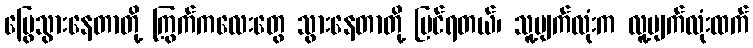
မြွေသွားနေတာတို့ ကြွက်ကလေးတွေ သွားနေတာတို့ မြင်ရတယ်၊ သူ့မျက်လုံးက လူ့မျက်လုံးထက်